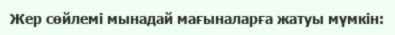
Жер сөйлемі мынадай мағыналарға жатуы мүмкін: